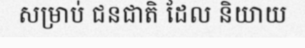
សម្រាប់ ជនជាតិ ដែល និយាយ